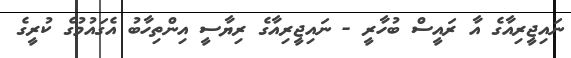
ނައިޖީރިއާގެ އާ ރައީސް ބުހާރީ - ނައިޖީރިއާގެ ރިޔާސީ އިންތިހާބު އެގައުމުގެ ކުރީގެ